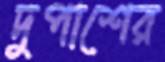
দুপাশের